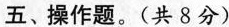
五、操作题。(共8分)